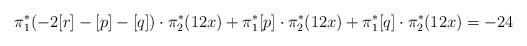
LaTeX: \begin{align*}\pi_1^*(-2[r]-[p]-[q])\cdot\pi_2^*(12x) + \pi_1^*[p]\cdot\pi_2^*(12x)+ \pi_1^*[q]\cdot\pi_2^*(12x)=-24\end{align*}